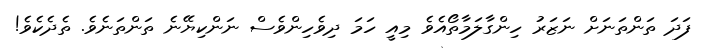
ފަދަ ތަންތަނަށް ނަޒަރު ހިންގާލަމާތޯއެވެ މިއީ ހަމަ ދިވެހިންވެސް ނަންކިޔޭނެ ތަންތަނެވެ. ތެދެކެވެ!